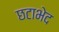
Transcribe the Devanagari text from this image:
छटाभेद